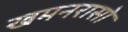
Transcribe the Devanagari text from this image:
खमनरासो